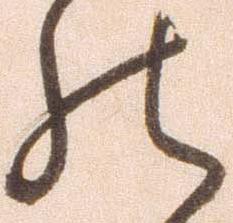
の